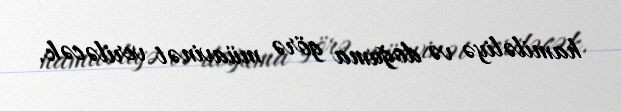
hamiləliyə və doğuma görə müavinət veriləcək.